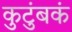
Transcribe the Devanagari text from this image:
कुटुंबकं